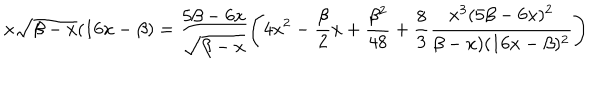
LaTeX: x \sqrt { \beta - x } ( 1 6 x - \beta ) = \frac { 5 \beta - 6 x } { \sqrt { \beta - x } } \left( 4 x ^ { 2 } - \frac { \beta } { 2 } x + \frac { \beta ^ { 2 } } { 4 8 } + \frac { 8 } { 3 } \frac { x ^ { 3 } ( 5 \beta - 6 x ) ^ { 2 } } { \beta - x ) ( 1 6 x - \beta ) ^ { 2 } } \right)